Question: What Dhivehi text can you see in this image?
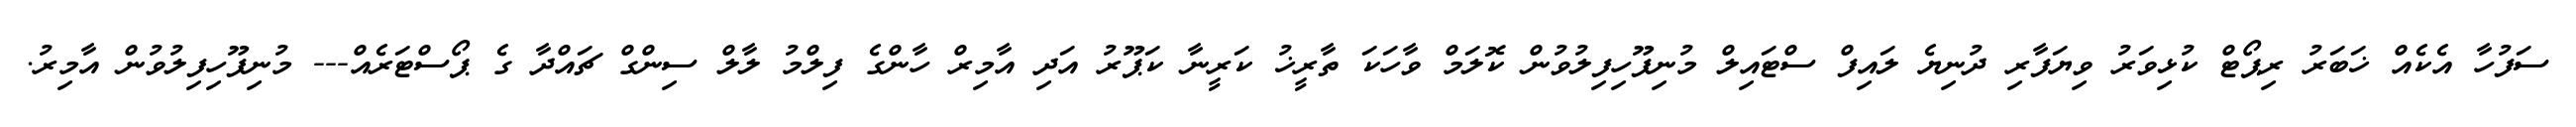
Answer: ސަފުހާ އެކެއް ޚަބަރު ރިޕޯޓް ކުޅިވަރު ވިޔަފާރި ދުނިޔެ ލައިފް ސްޓައިލް މުނިފޫހިފިލުވުން ކޮލަމް ވާހަކަ ތާރީޚު ކަރީނާ ކަޕޫރު އަދި އާމިރް ހާންގެ ފިލްމު ލާލް ސިންގް ޗައްދާ ގެ ޕޯސްޓަރެއް--- މުނިފޫހިފިލުވުން އާމިރު.